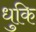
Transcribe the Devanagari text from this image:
धुकि